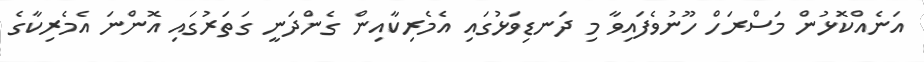
އަނެއްކޮޅުން މަސްރަހް ހޫނުވެފައިވާ މި ދަނޑިވަޅުގައި އެމެރިކާއިން ގެންދަނީ ގަތަރުގައި އޮންނަ އެމެރިކާގެ